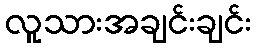
လူသားအချင်းချင်း